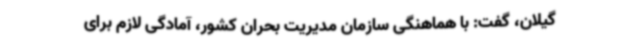
گیلان، گفت: با هماهنگی سازمان مدیریت بحران کشور، آمادگی لازم برای